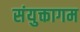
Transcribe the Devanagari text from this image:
संयुक्तागम